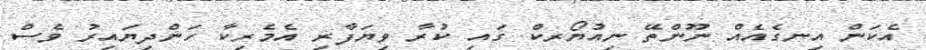
އެކަން އިނގެއެއް ނޫންތޭ ނިއުޔޯރކް ގައި ކުރާ ވިޔަފާރި އެމެރިކާ ހަންދިޔައިރު ވެސް